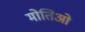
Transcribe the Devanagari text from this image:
मोतिओ